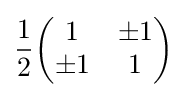
{\frac {1}{2}}{\begin{pmatrix}1&\pm 1\\\pm 1&1\end{pmatrix}}